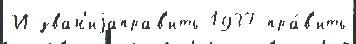
И зван'иjаправ'ить 1937 пра́в'ить